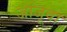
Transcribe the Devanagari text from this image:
जांजूवा